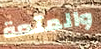
والمتعة